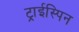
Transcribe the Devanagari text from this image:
ट्राईस्पिन